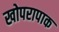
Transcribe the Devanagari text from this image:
खोपरापाक